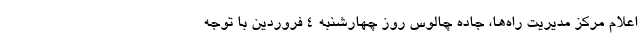
اعلام ‌مرکز مدیریت راه‌ها، جاده چالوس روز چهارشنبه ۴ فروردین با توجه